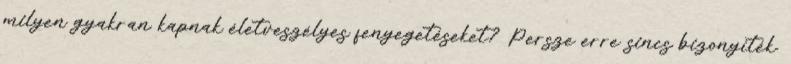
milyen gyakran kapnak életveszélyes fenyegetéseket? Persze erre sincs bizonyíték.